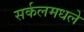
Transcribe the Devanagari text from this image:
सर्कलमधले